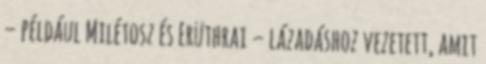
– például Milétosz és Erüthrai – lázadáshoz vezetett, amit